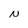
Character: N